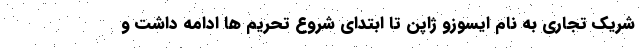
شریک تجاری به نام ایسوزو ژاپن تا ابتدای شروع تحریم ها ادامه داشت و